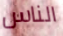
الناس